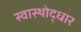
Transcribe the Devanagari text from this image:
स्वास्थोद्धार